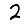
Digit: 2